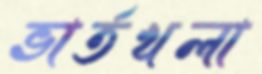
ভার্তখলা